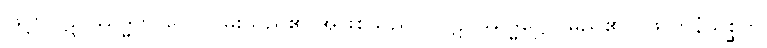
ဖြင့်။ ပဋိပ္ပဿဒ္ဓဘာဝေါ၊ ငြိမ်းသည်၏ အဖြစ်သည်။ (ပဋိပ္ပဿဒ္ဓဋ္ဌော၊ မည်၏။) ဖလာနံသစ္ဆိကိ